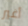
أغير